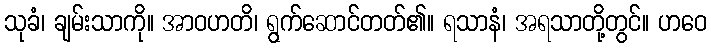
သုခံ၊ ချမ်းသာကို။ အာဝဟတိ၊ ရွက်ဆောင်တတ်၏။ ရသာနံ၊ အရသာတို့တွင်။ ဟဝေ